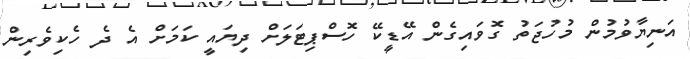
އަނިޔާވުމުން މުހުޖަތު ގޮވައިގެން އޭޑީކޭ ހޮސްޕިޓަލަށް ދިޔައީ ކަމަށް އެ ދެ ހެކިވެރިން